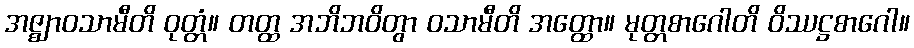
အဇ္ဈာဝသာမီတိ ဝုတ္တံ။ တတ္ထ အဘိဘဝိတွာ ဝသာမီတိ အတ္ထော။ မုတ္တစာဂေါတိ ဝိဿဋ္ဌစာဂေါ။